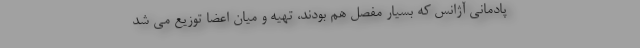
پادمانی آژانس که بسیار مفصل هم بودند، تهیه و میان اعضا توزیع می شد